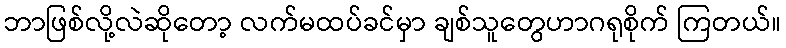
ဘာဖြစ်လို့လဲဆိုတော့ လက်မထပ်ခင်မှာ ချစ်သူတွေဟာဂရုစိုက် ကြတယ်။